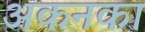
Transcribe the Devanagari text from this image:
अकनका